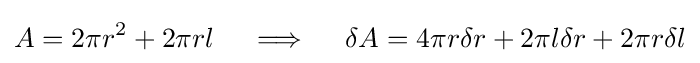
A=2\pi r^{2}+2\pi rl\quad \implies \quad \delta A=4\pi r\delta r+2\pi l\delta r+2\pi r\delta l